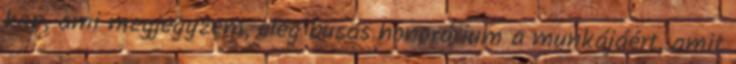
kap, ami megjegyzem, elég busás honorárium a munkájáért, amit